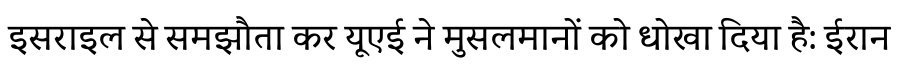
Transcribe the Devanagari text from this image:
इसराइल से समझौता कर यूएई ने मुसलमानों को धोखा दिया है: ईरान